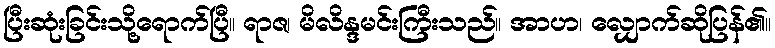
ပြီးဆုံးခြင်းသို့ရောက်ပြီ။ ရာဇ၊ မိလိန္ဒမင်းကြီးသည်။ အာဟ၊ လျှောက်ဆိုပြန်၏။